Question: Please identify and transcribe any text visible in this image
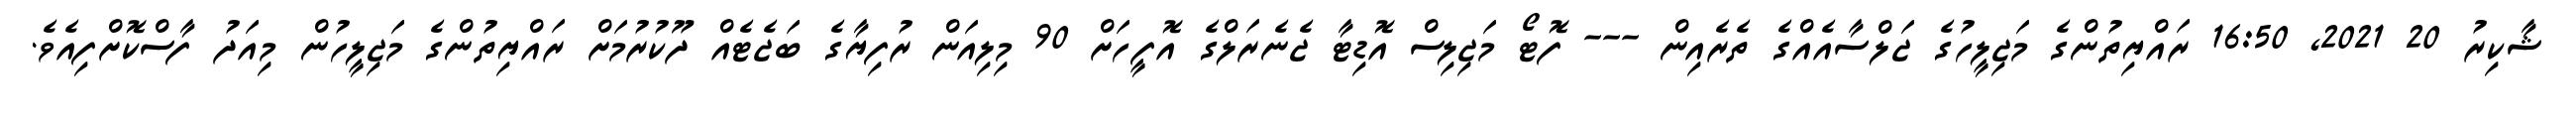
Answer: ޝާކިރު 20 2021, 16:50 ރައްޔިތުންގެ މަޖިލީހުގެ ޖަލްސާއެއްގެ ތެރެއިން --- ފޮޓޯ މަޖިލިސް އޮޑިޓާ ޖެނެރަލްގެ އޮފީހަށް 90 މިލިއަން ރުފިޔާގެ ބަޖެޓެއް ދޫކުރުމަށް ރައްޔިތުންގެ މަޖިލީހުން މިއަދު ފާސްކޮށްފިއެވެ.